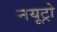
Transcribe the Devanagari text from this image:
नयूट्रो